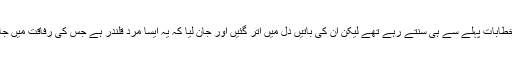
اگرچہ وہ مختلف علماء و مشائخ کے خطابات پہلے سے ہی سنتے رہے تھے لیکن ان کی باتیں دل میں اتر گئیں اور جان لیا کہ یہ ایسا مردِ قلندر ہے جس کی رفاقت میں جان بھی چلی جائے تو کوئی پرواہ نہیں۔